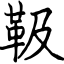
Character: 靸